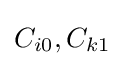
C_{i0},C_{k1}